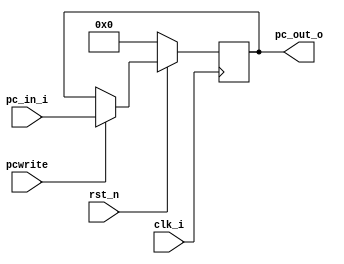
//Subject:     CO project 2 - PC
//--------------------------------------------------------------------------------
//Version:     1
//--------------------------------------------------------------------------------
//Writer:      Luke
//----------------------------------------------
//----------------------------------------------
//Description:
//--------------------------------------------------------------------------------

module ProgramCounter(
    clk_i,
    rst_n,
    pcwrite,
    pc_in_i,
    pc_out_o
    );

//I/O ports
input           clk_i;
input           rst_n;
input           pcwrite;
input  [32-1:0] pc_in_i;
output [32-1:0] pc_out_o;

//Internal Signals
reg    [32-1:0] pc_out_o;

//Parameter


//Main function
always @(posedge clk_i) begin
    if(~rst_n)
        pc_out_o <= 0;
    else begin
        if(pcwrite)
            pc_out_o <= pc_in_i;
        else
            pc_out_o <= pc_out_o;
    end
end

endmodule